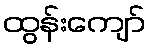
ထွန်းကျော်